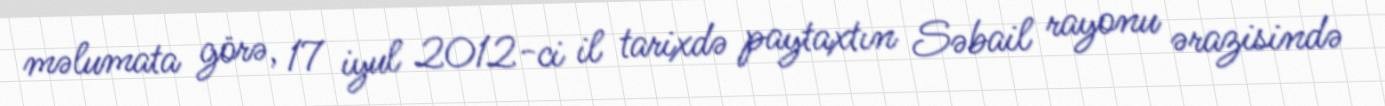
məlumata görə, 17 iyul 2012-ci il tarixdə paytaxtın Səbail rayonu ərazisində